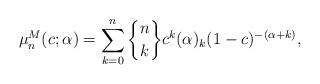
LaTeX: \begin{gather*}\mu_{n}^{M}(c;\alpha) =\sum\limits_{k=0}^{n}\genfrac{\{}{\}}{0pt}{}{n}{k}c^{k}(\alpha)_{k} (1-c) ^{-(\alpha+k) },\end{gather*}